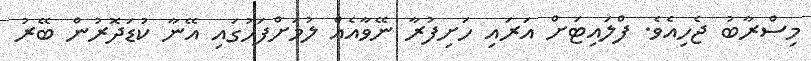
މިސްރާބު ޖެހިއެވެ. ފްލައިޓަށް އަރައި ހަށިފުރާ ނޭވާއެއް ލުމަށްފަހުގައި އޭނާ ކުޑަދޮރުން ބޭރު